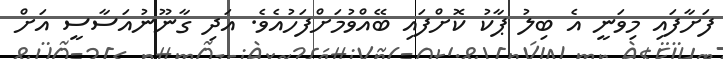
ފަށާފައި މިވަނީ އެ ބިލު ޕާކު ކޮށްފައި ބޭއްވުމަށްފަހުއެވެ. އަދި ގާނޫނުއަސާސީ އަށް